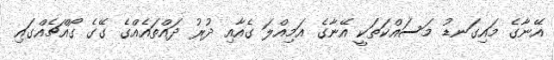
އޭނާގެ މައިގަނޑު މަސައްކަތަކީ އޭނާގެ އަމިއްލަ ގެއާއި ދުރު ދައްތައެއްގެ ގޭގެ ގޯއްޗެއްގައި